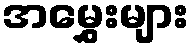
အမွှေးများ